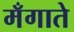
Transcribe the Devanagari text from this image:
मँगाते